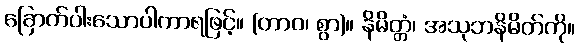
ခြောက်ပါးသောပါကာရဖြင့်။ (တာဝ၊ စွာ)။ နိမိတ္တံ၊ အသုဘနိမိတ်ကို။